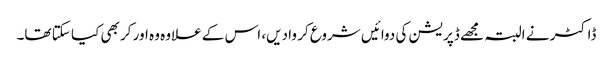
ڈاکٹر نے البتہ مجھے ڈپریشن کی دوائیں شروع کر وا دیں، اس کے علاوہ وہ اور کر بھی کیا سکتا تھا۔